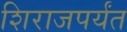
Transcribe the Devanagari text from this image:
शिराजपर्यंत